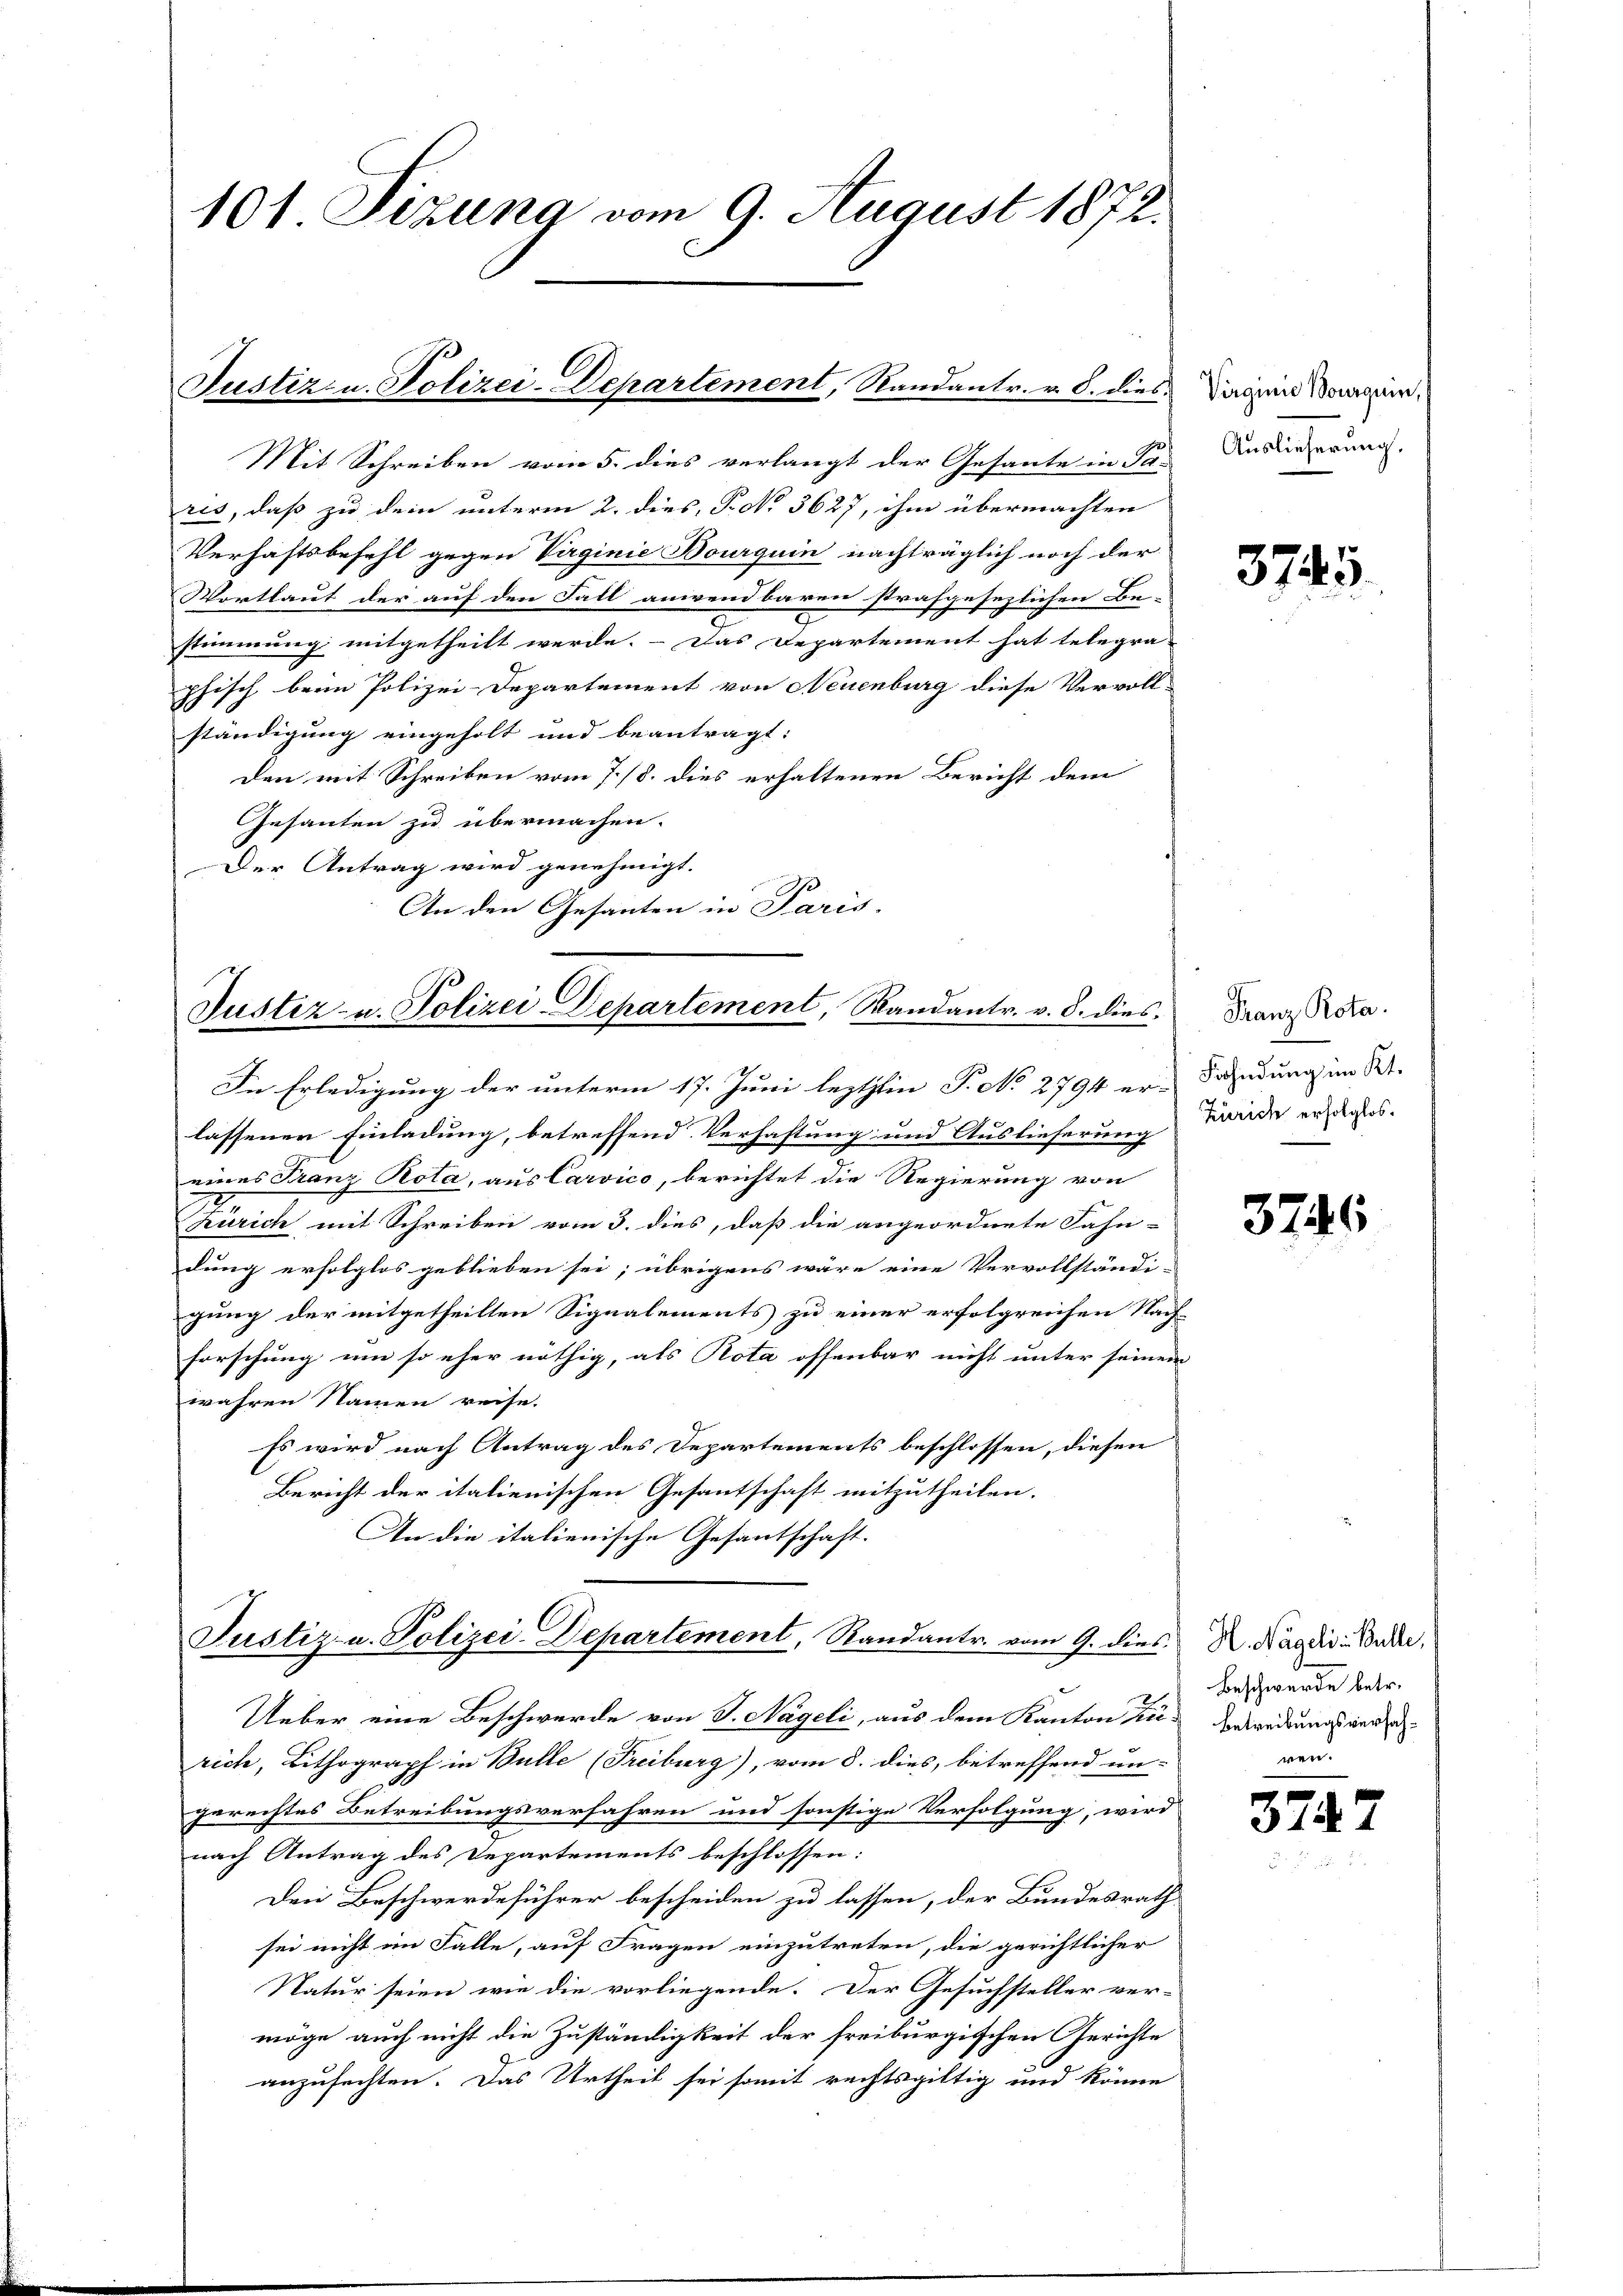
101 Sizung vom 9. August 1872.

Justiz- u. Polizei-Departement, Randantr. v. 8. dies

Mit Schreiben vom 5. dies verlangt der Gesante in Sa-
res, daß zu dem unterm 2. dies, P. N. 3627, ihm übermachten
Verhaftsbefehl gegen Virginie Bourquin nachträglich noch der
Wortlaut der auf den Fall anwendbaren strafgesezlichen Be-
stimmung mitgetheilt werde. - Das Departement hat telegra-
phisch beim Polizei-Departement von Neuenburg diese Vervoll-
ständigung eingeholt und beantragt:
den mit Schreiben vom 7./8. dies erhaltenen Bericht dem
Gesanten zu übermachen.
Der Antrag wird genehmigt.
An den Gesanten in Paris.

Justiz- u. Polizei-Departement, Randantr. v. 8. dies

In Erledigung der unterm 17. Juni lezthin P. No 2794 er-Fahndung im St.
lassenen Einladung, betreffend Verhaftung und Auslieferung
eines Franz Rota, aus Carvico, berichtet die Regierung von
Zürich mit Schreiben vom 3. dies, daß die angeordnete Fahn-
dung erfolglos geblieben sei; übrigens wäre eine Vervollständi-
gung der mitgetheilten Signalements zu einer erfolgreichen Nach-
forschung um so eher nöthig, als Rota offenbar nicht unter seinem
wahren Namen reise.
Es wird nach Antrag des Departements beschlossen, diesen
Bericht der italienischen Gesantschaft mitzutheilen.
An die italienische Gesantschaft.
Justiz- u. Polizei-Departement, Randantr. vom 9. dies N. Kandis Bade
Ueber eine Beschwerde von S. Nägeli, aus dem Kanton in Abredungs werde
rich, Lithograph in Bulle (Freiburg), vom 8. dies, betreffend un-
gerechtes Betreibungsverfahren und sonstige Verfolgung, wird
nach Antrag des Departements beschlossen:
Den Beschwerdeführer bescheiden zu lassen, der Bundesrath
sei nicht im Falle, auf Fragen einzutreten, die gerichtlicher
Natur seien wie die vorliegende. Der Gesuchsteller ver-
möge auch nicht die Zuständigkeit der freiburgischen Gerichte
anzufechten. Das Urtheil sei somit rechtsgültig und könne

Virginie Bourquin,
Auslieferung.

3745.

Franz Rota.
Zürich erfolglos.

3746

Beschwerde betr.
ren.

3747